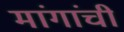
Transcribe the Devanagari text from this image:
मांगांची